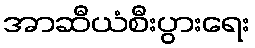
အာဆီယံစီးပွားရေး